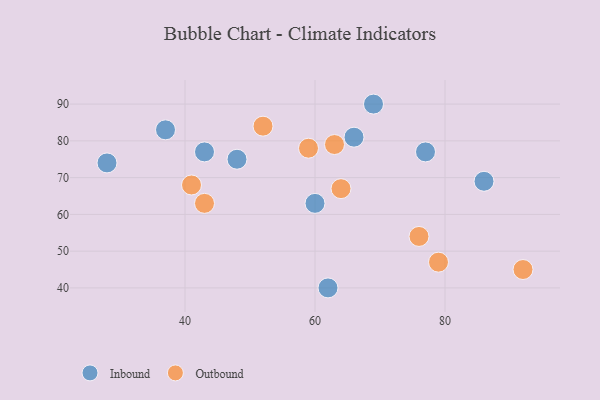
{"axis": {"x": "GDP", "y": "Life Expectancy"}, "legend": ["Inbound", "Outbound"], "data": [{"x": "48", "y": 75, "type": "Inbound"}, {"x": "60", "y": 63, "type": "Inbound"}, {"x": "37", "y": 83, "type": "Inbound"}, {"x": "77", "y": 77, "type": "Inbound"}, {"x": "69", "y": 90, "type": "Inbound"}, {"x": "28", "y": 74, "type": "Inbound"}, {"x": "66", "y": 81, "type": "Inbound"}, {"x": "43", "y": 77, "type": "Inbound"}, {"x": "86", "y": 69, "type": "Inbound"}, {"x": "62", "y": 40, "type": "Inbound"}, {"x": "64", "y": 67, "type": "Outbound"}, {"x": "76", "y": 54, "type": "Outbound"}, {"x": "41", "y": 68, "type": "Outbound"}, {"x": "52", "y": 84, "type": "Outbound"}, {"x": "63", "y": 79, "type": "Outbound"}, {"x": "59", "y": 78, "type": "Outbound"}, {"x": "43", "y": 63, "type": "Outbound"}, {"x": "92", "y": 45, "type": "Outbound"}, {"x": "79", "y": 47, "type": "Outbound"}]}